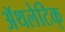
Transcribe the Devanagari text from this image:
अॅथलेटिक्